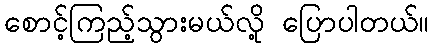
စောင့်ကြည့်သွားမယ်လို့ ပြောပါတယ်။